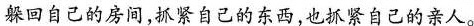
躲回自己的房间，抓紧自己的东西，也抓紧自己的亲人。